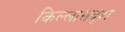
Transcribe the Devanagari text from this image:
किल्लासदृश